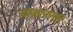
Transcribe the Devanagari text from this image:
काळानन्तर